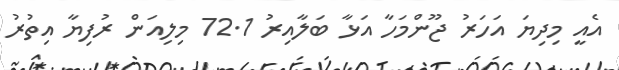
އެއީ މިދިޔަ އަހަރު ޖޫންމަހާ އަޅާ ބަލާއިރު 72.1 މިލިއަން ރުފިޔާ އިތުރު